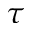
\tau